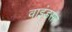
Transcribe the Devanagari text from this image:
वाइंडसर